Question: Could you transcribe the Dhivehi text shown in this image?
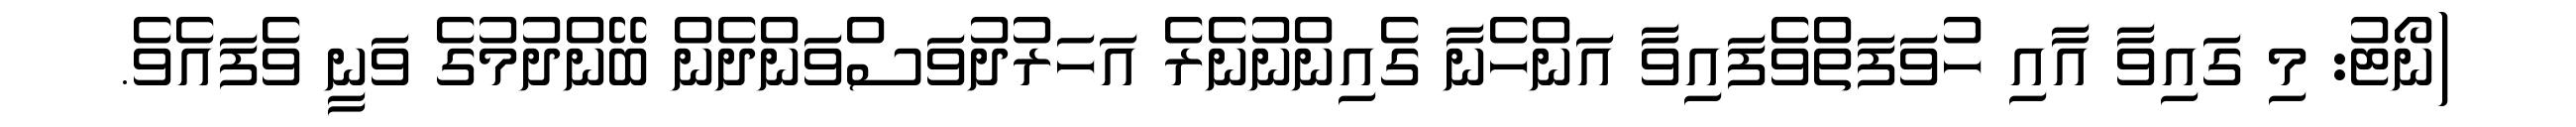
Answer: (ނޯޓު: މި ގައިވާ އާއި ހުވަފަތްވެފައިވާ އަންހެނާ ގެއިންނުނެރެ އަހަރުދުވަސްވަންދެން ބޭންދުމުގެ ވަނީ ވެފައެވެ.